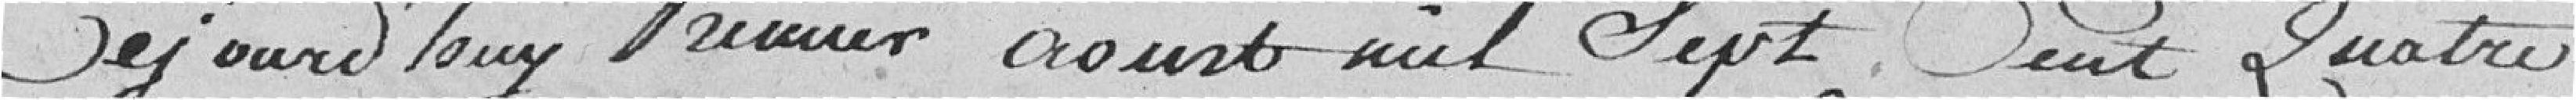
Aujourd'hui premier aout mille sept cent quatre